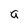
Character: a